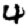
Digit: 4